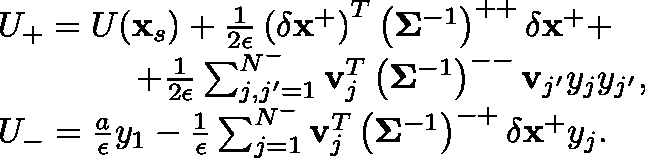
\begin{array} { r l } & { U _ { + } = U ( \mathbf { x } _ { s } ) + \frac { 1 } { 2 \epsilon } \left( \delta \mathbf { x } ^ { + } \right) ^ { T } \left( \mathbf { \Sigma } ^ { - 1 } \right) ^ { + + } \delta \mathbf { x } ^ { + } + } \\ & { \ \ \ \ \ \ \ \ \ \ \ \ + \frac { 1 } { 2 \epsilon } \sum _ { j , j ^ { \prime } = 1 } ^ { N ^ { - } } \mathbf { v } _ { j } ^ { T } \left( \mathbf { \Sigma } ^ { - 1 } \right) ^ { -- } \mathbf { v } _ { j ^ { \prime } } y _ { j } y _ { j ^ { \prime } } , } \\ & { U _ { - } = \frac { a } { \epsilon } y _ { 1 } - \frac { 1 } { \epsilon } \sum _ { j = 1 } ^ { N ^ { - } } \mathbf { v } _ { j } ^ { T } \left( \mathbf { \Sigma } ^ { - 1 } \right) ^ { - + } \delta \mathbf { x } ^ { + } y _ { j } . } \end{array}